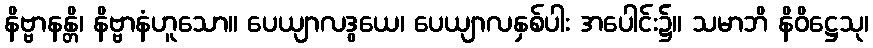
နိဗ္ဗာနန္တိ၊ နိဗ္ဗာနံဟူသော။ ပေယျာလဒွယေ၊ ပေယျာလနှစ်ပါး အပေါင်း၌။ သမာဘိ နိဝိဋ္ဌေသု၊